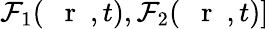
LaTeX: {\cal F}_{1}(\mathrm{~{~\mathbf~r~}~},t),{\cal F}_{2}(\mathrm{~{~\mathbf~r~}~},t)]